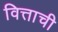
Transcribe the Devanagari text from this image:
वित्ताची